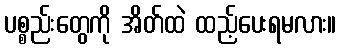
ပစ္စည်းတွေကို အိတ်ထဲ ထည့်ပေးရမလား။